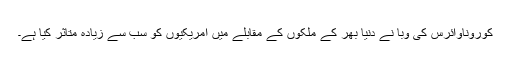
کوروناوائرس کی وبا نے دنیا بھر کے ملکوں کے مقابلے میں امریکیوں کو سب سے زیادہ متاثر کیا ہے۔